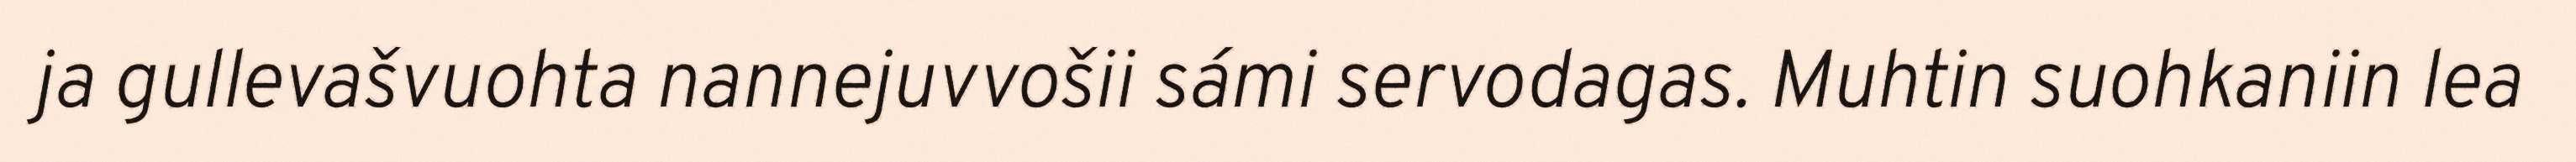
ja gullevašvuohta nannejuvvošii sámi servodagas. Muhtin suohkaniin lea